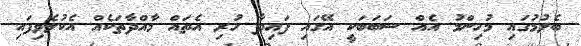
ބެލުމުގައި މުހިންމު އެއް ސަބަބަކީ އޭގައި ފައިދާ ހުރި އެތައް މާއްދާތަކެއް އެކުލެވިފައި